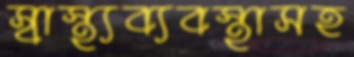
স্বাস্থ্যব্যবস্থাসহ